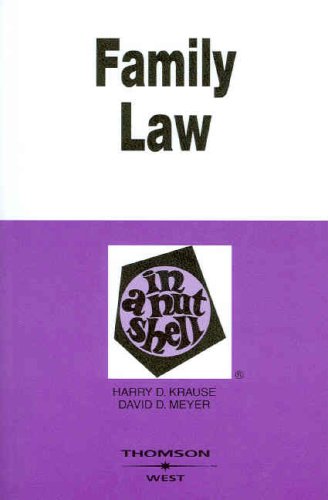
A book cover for Family Law in a Nutshell; Harry Krause; Law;